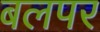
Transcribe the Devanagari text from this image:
बलपर